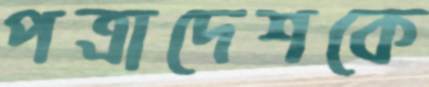
পত্রাদেশকে